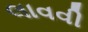
લાવવી